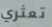
تعثري